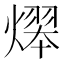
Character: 𤎋